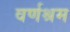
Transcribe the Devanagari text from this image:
वर्णश्रम